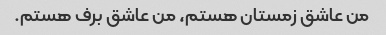
من عاشق زمستان هستم، من عاشق برف هستم.